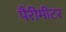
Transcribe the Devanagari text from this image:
पैरीमीटर